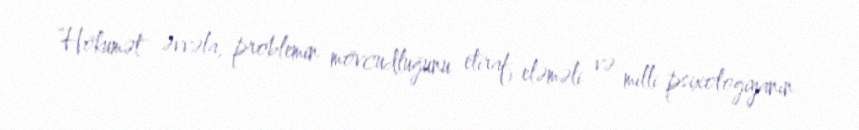
“Hökumət əvvəla, problemin mövcudluğunu etiraf eləməli və milli psixologiyanın